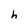
Character: h